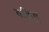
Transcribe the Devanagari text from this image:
वशिषु